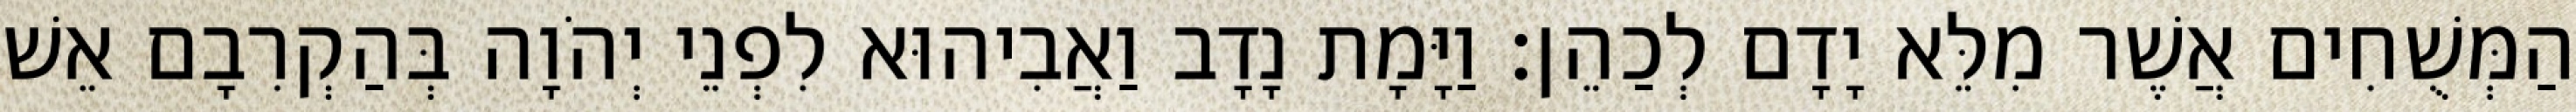
הַמְּשֻׁחִים אֲשֶׁר מִלֵּא יָדָם לְכַהֵן׃ וַיָּמָת נָדָב וַאֲבִיהוּא לִפְנֵי יְהֹוָה בְּהַקְרִבָם אֵשׁ